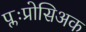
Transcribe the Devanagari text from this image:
प्लःप्रोसिअक